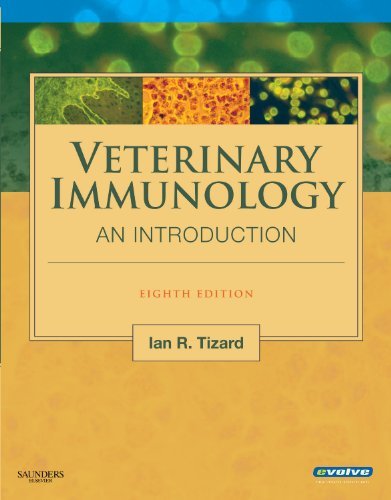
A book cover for By Ian R. Tizard - Veterinary Immunology: An Introduction: 8th (eigth) Edition; Ian R. Tizard; Medical Books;